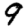
Digit: 9